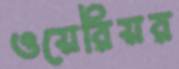
ওয়েরিয়র